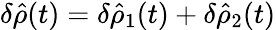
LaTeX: \begin{array}{r}{\delta\hat{\rho}(t)=\delta\hat{\rho}_{1}(t)+\delta\hat{\rho}_{2}(t)}\end{array}